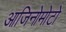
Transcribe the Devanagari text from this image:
आजिनोमोटो